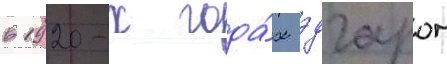
в 1920-х года́х эдгаром